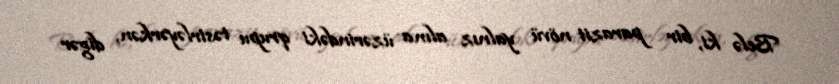
Belə ki, bir parazit növü yalnız alma üzərindəki qrupu təsirləyərkən, digər